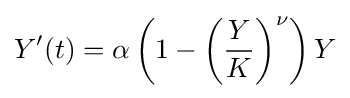
Y^{\prime }(t)=\alpha \left(1-\left({\frac {Y}{K}}\right)^{\nu }\right)Y